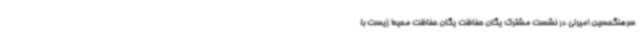
سرهنگحسین امیرلی در نشست مشترک یگان حفاظت یگان حفاظت محیط زیست با